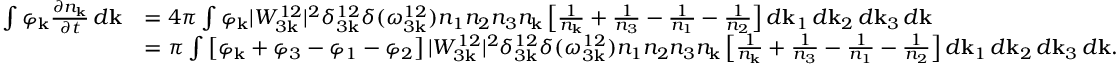
\begin{array} { r l } { \int \varphi _ { \bf k } \frac { \partial n _ { \bf k } } { \partial t } \, d { \bf k } } & { = 4 \pi \int \varphi _ { \bf k } | W _ { 3 { \bf k } } ^ { 1 2 } | ^ { 2 } \delta _ { 3 { \bf k } } ^ { 1 2 } \delta ( \omega _ { 3 { \bf k } } ^ { 1 2 } ) n _ { 1 } n _ { 2 } n _ { 3 } n _ { \bf k } \left[ \frac { 1 } { n _ { \bf k } } + \frac { 1 } { n _ { 3 } } - \frac { 1 } { n _ { 1 } } - \frac { 1 } { n _ { 2 } } \right] d { \bf k } _ { 1 } \, d { \bf k } _ { 2 } \, d { \bf k } _ { 3 } \, d { \bf k } } \\ & { = \pi \int \left[ \varphi _ { \bf k } + \varphi _ { 3 } - \varphi _ { 1 } - \varphi _ { 2 } \right] | W _ { 3 { \bf k } } ^ { 1 2 } | ^ { 2 } \delta _ { 3 { \bf k } } ^ { 1 2 } \delta ( \omega _ { 3 { \bf k } } ^ { 1 2 } ) n _ { 1 } n _ { 2 } n _ { 3 } n _ { \bf k } \left[ \frac { 1 } { n _ { \bf k } } + \frac { 1 } { n _ { 3 } } - \frac { 1 } { n _ { 1 } } - \frac { 1 } { n _ { 2 } } \right] d { \bf k } _ { 1 } \, d { \bf k } _ { 2 } \, d { \bf k } _ { 3 } \, d { \bf k } . } \end{array}